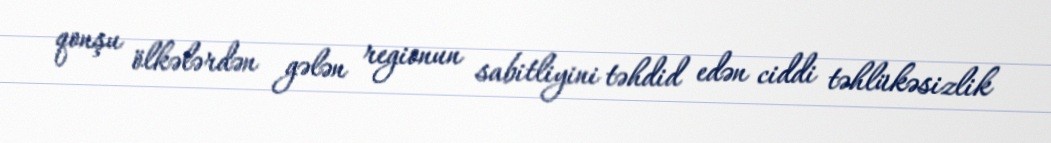
qonşu ölkələrdən gələn regionun sabitliyini təhdid edən ciddi təhlükəsizlik